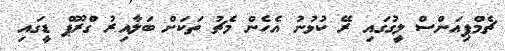
ޗެމްޕިއަންސް ލީގުގައި ރޭ ކުޅުނު އެހެން މެޗު ތަކަށް ބަލާއިރު ގްރޫޕް ޑީގައި